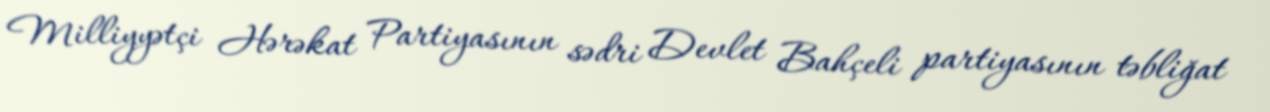
Milliyyətçi Hərəkat Partiyasının sədri Devlet Bahçeli partiyasının təbliğat